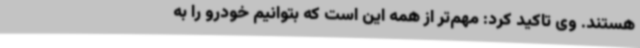
هستند. وی تاکید کرد: مهم‌تر از همه این است که بتوانیم خودرو را به